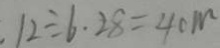
1 2 \div 6 . 2 8 = 4 c m